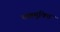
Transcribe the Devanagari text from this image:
कष्टमुक्ति